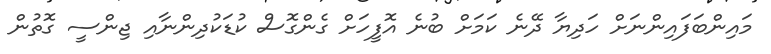
މައިންބަފައިންނަށް ހަދިޔާ ދޭނެ ކަމަށް ބުނެ އޮފީހަށް ގެންގޮސް ކުޑަކުދިންނާއި ޖިންސީ ގޮތުން